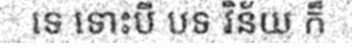
ទេ ទោះបី បទ វិន័យ ក៏